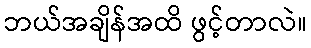
ဘယ်အချိန်အထိ ဖွင့်တာလဲ။